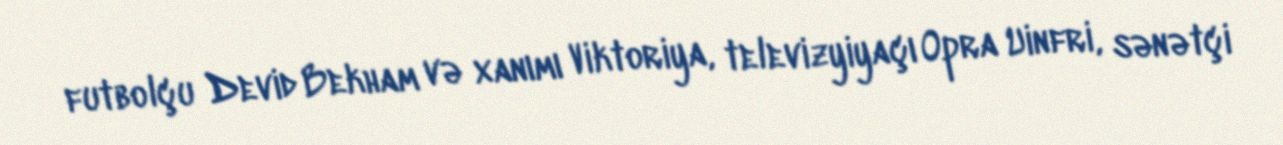
futbolçu Devid Bekham və xanımı Viktoriya, televizyiyaçı Opra Uinfri, sənətçi